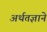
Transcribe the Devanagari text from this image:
अर्थतज्ञाने